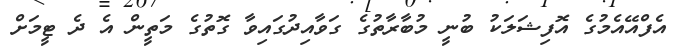
އެފްއޭއެމުގެ އޮފިޝަލަކު ބުނީ މުބާރާތުގެ ގަވާއިދުގައިވާ ގޮތުގެ މަތީން އެ ދެ ޓީމަށް